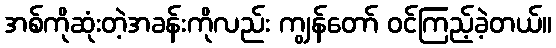
အစ်ကိုဆုံးတဲ့အခန်းကိုလည်း ကျွန်တော် ဝင်ကြည့်ခဲ့တယ်။